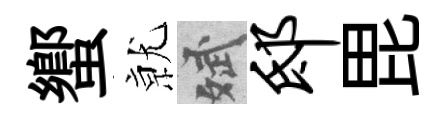
蠁𭕒斌邸毘